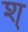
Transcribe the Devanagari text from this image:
श्‌